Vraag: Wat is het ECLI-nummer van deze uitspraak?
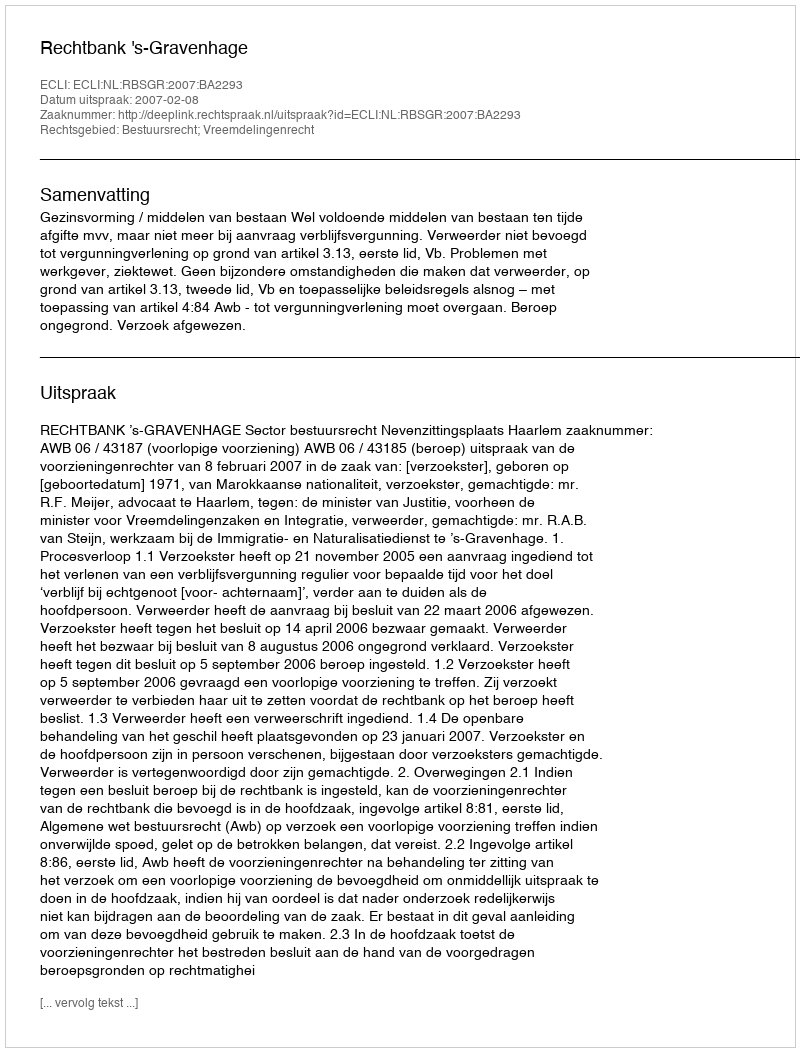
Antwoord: ECLI:NL:RBSGR:2007:BA2293